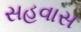
સહવાસ